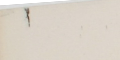
١